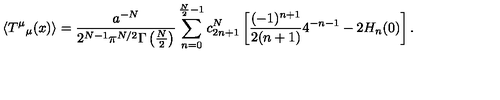
\left< T ^ { \mu } { } _ { \mu } ( x ) \right> = { \frac { a ^ { - N } } { 2 ^ { N - 1 } \pi ^ { N / 2 } \Gamma \left( \frac N 2 \right) } } \sum _ { n = 0 } ^ { \frac N 2 - 1 } c _ { 2 n + 1 } ^ { N } \left[ \frac { ( - 1 ) ^ { n + 1 } } { 2 ( n + 1 ) } 4 ^ { - n - 1 } - 2 H _ { n } ( 0 ) \right] .